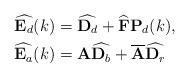
LaTeX: \begin{align*}\widehat{{\bf{E}}_d}(k) &= \widehat{{\bf{D}}_d} + \widehat{{\bf{F}}}{\bf{P}}_d(k),\\\widehat{{\bf{E}}_{a}}(k) &= {\bf{A}}\widehat{{\bf{D}}_{b}} + \overline{\bf{A}}\widehat{{\bf{D}}_{r}}\end{align*}